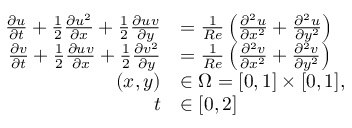
\begin{array} { r l } { \frac { \partial u } { \partial t } + \frac { 1 } { 2 } \frac { \partial u ^ { 2 } } { \partial x } + \frac { 1 } { 2 } \frac { \partial u v } { \partial y } } & { = \frac { 1 } { R e } \left( \frac { \partial ^ { 2 } u } { \partial x ^ { 2 } } + \frac { \partial ^ { 2 } u } { \partial y ^ { 2 } } \right) } \\ { \frac { \partial v } { \partial t } + \frac { 1 } { 2 } \frac { \partial u v } { \partial x } + \frac { 1 } { 2 } \frac { \partial v ^ { 2 } } { \partial y } } & { = \frac { 1 } { R e } \left( \frac { \partial ^ { 2 } v } { \partial x ^ { 2 } } + \frac { \partial ^ { 2 } v } { \partial y ^ { 2 } } \right) } \\ { ( x , y ) } & { \in \Omega = [ 0 , 1 ] \times [ 0 , 1 ] , } \\ { t } & { \in [ 0 , 2 ] } \end{array}